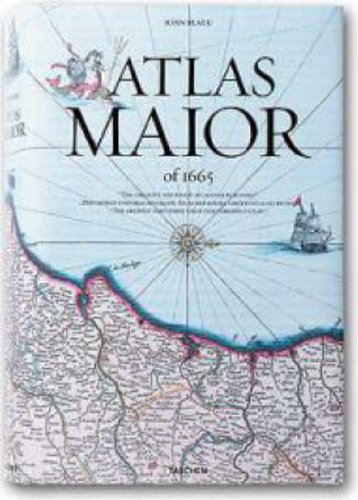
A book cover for Atlas Maior; Joan Blaeu; History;